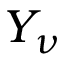
Y _ { \nu }